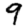
Digit: 9